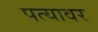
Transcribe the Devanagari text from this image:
पत्‍यावर